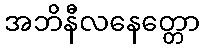
အဘိနီလနေတ္တော